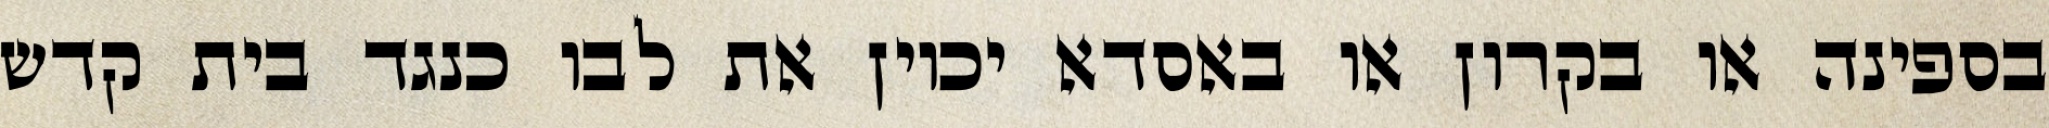
בספינה או בקרון או באסדא יכוין את לבו כנגד בית קדש